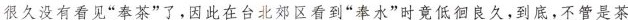
很久没有看见“秦茶”了。因此在台北郊区看到“春水”时意低徊良久，到底，不管是茶